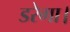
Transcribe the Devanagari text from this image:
डरेगा।